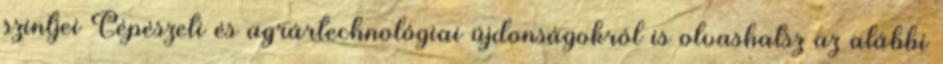
szintjei Gépészeti és agrártechnológiai újdonságokról is olvashatsz az alábbi